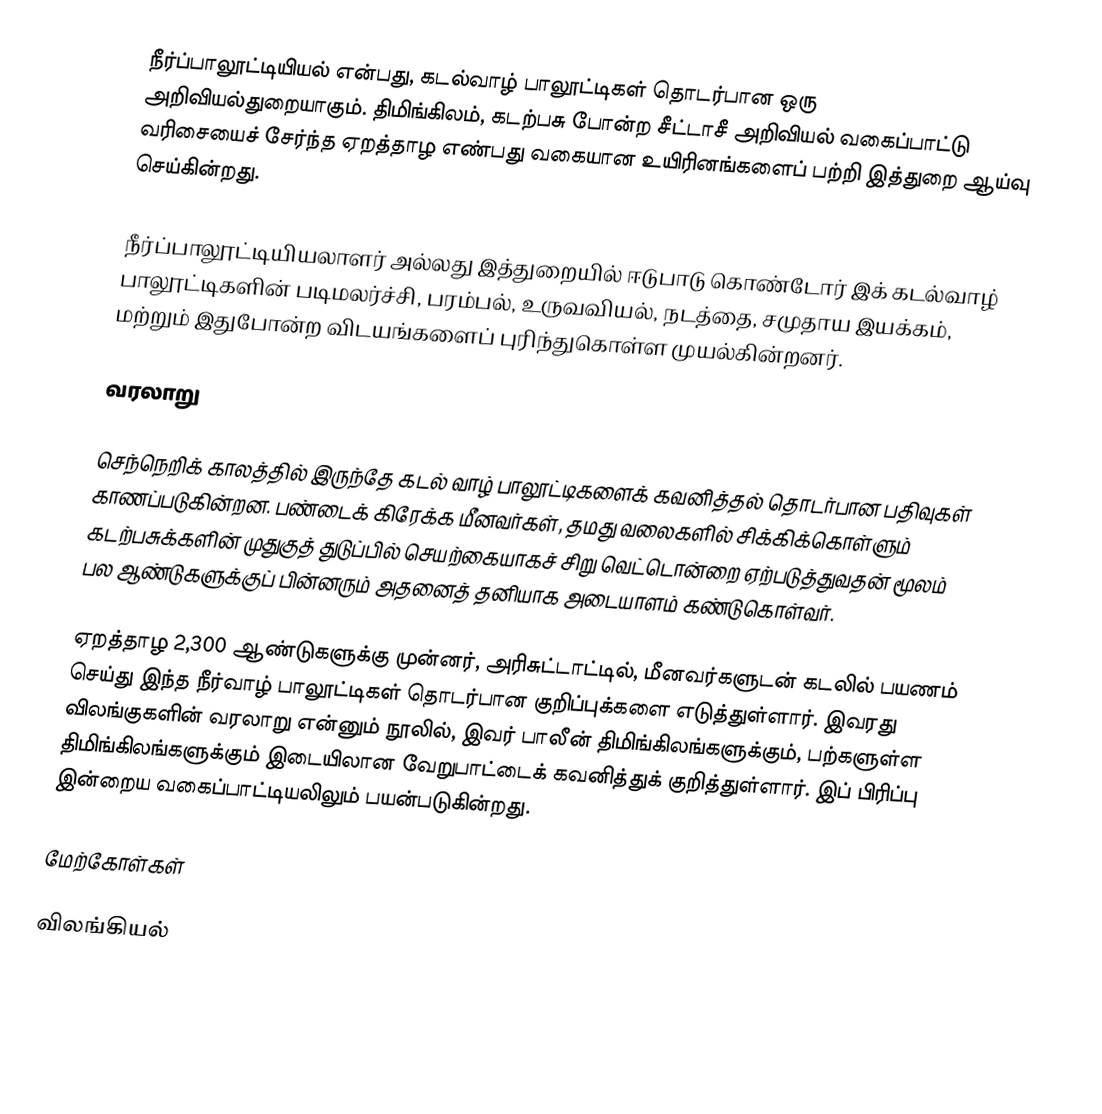
நீர்ப்பாலூட்டியியல் என்பது, கடல்வாழ் பாலூட்டிகள் தொடர்பான ஒரு அறிவியல்துறையாகும். திமிங்கிலம், கடற்பசு போன்ற சீட்டாசீ அறிவியல் வகைப்பாட்டு வரிசையைச் சேர்ந்த ஏறத்தாழ எண்பது வகையான உயிரினங்களைப் பற்றி இத்துறை ஆய்வு செய்கின்றது.

நீர்ப்பாலூட்டியியலாளர் அல்லது இத்துறையில் ஈடுபாடு கொண்டோர் இக் கடல்வாழ் பாலூட்டிகளின் படிமலர்ச்சி, பரம்பல், உருவவியல், நடத்தை, சமுதாய இயக்கம், மற்றும் இதுபோன்ற விடயங்களைப் புரிந்துகொள்ள முயல்கின்றனர்.

வரலாறு

செந்நெறிக் காலத்தில் இருந்தே கடல் வாழ் பாலூட்டிகளைக் கவனித்தல் தொடர்பான பதிவுகள் காணப்படுகின்றன. பண்டைக் கிரேக்க மீனவர்கள், தமது வலைகளில் சிக்கிக்கொள்ளும் கடற்பசுக்களின் முதுகுத் துடுப்பில் செயற்கையாகச் சிறு வெட்டொன்றை ஏற்படுத்துவதன் மூலம் பல ஆண்டுகளுக்குப் பின்னரும் அதனைத் தனியாக அடையாளம் கண்டுகொள்வர்.

ஏறத்தாழ 2,300 ஆண்டுகளுக்கு முன்னர், அரிசுட்டாட்டில், மீனவர்களுடன் கடலில் பயணம் செய்து இந்த நீர்வாழ் பாலூட்டிகள் தொடர்பான குறிப்புக்களை எடுத்துள்ளார். இவரது விலங்குகளின் வரலாறு என்னும் நூலில், இவர் பாலீன் திமிங்கிலங்களுக்கும், பற்களுள்ள திமிங்கிலங்களுக்கும் இடையிலான வேறுபாட்டைக் கவனித்துக் குறித்துள்ளார். இப் பிரிப்பு இன்றைய வகைப்பாட்டியலிலும் பயன்படுகின்றது.

மேற்கோள்கள்

விலங்கியல்